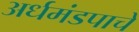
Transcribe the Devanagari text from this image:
अर्धमंडपाचे